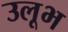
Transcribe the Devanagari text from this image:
उलूभ